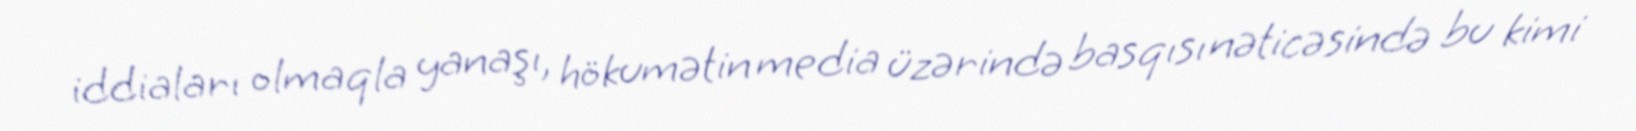
iddiaları olmaqla yanaşı, hökumətin media üzərində basqısı nəticəsində bu kimi